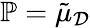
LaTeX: \mathbb{P}=\tilde{\mu}_{\mathcal{D}}